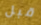
قبل